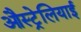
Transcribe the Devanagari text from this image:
औस्ट्रेलियाई